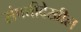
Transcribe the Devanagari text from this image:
संपत्तीदेखील